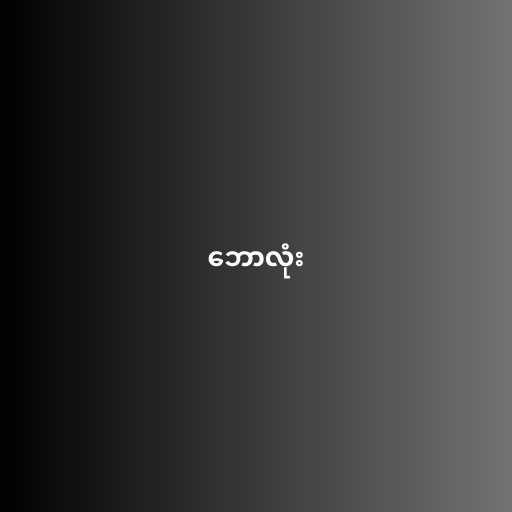
ဘောလုံး